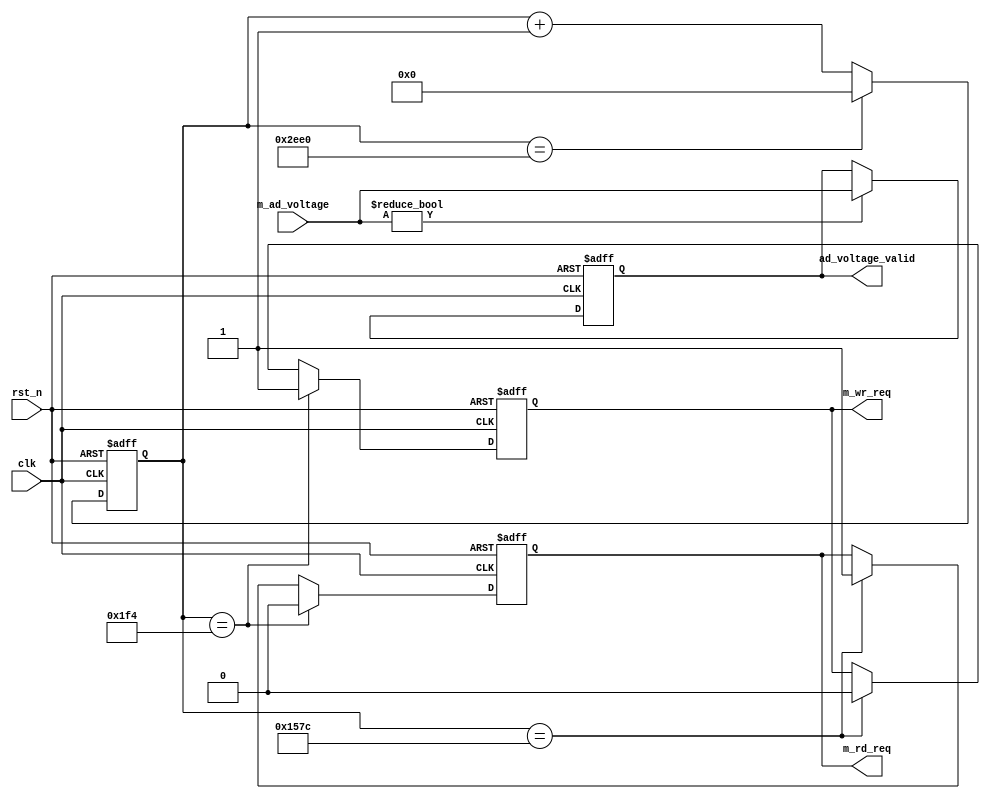
module iic_cfg(
input clk,
input rst_n,
output reg m_wr_req,
output reg m_rd_req,
//output reg[7:0]m_cfg_data,
input [15:0]m_ad_voltage,
//input ready
output reg [15:0]ad_voltage_valid

);
// clk=10M   
 
   reg [15:0]counter;
   always@(posedge clk or negedge rst_n)
	begin
		if(!rst_n)
			begin
			counter<=0;
			end
		else if (counter==12000)
		    begin
			counter<=0;
			end
		else	
			begin
			counter<=counter+1'b1;
			end
	end
    
  always@(posedge clk or negedge rst_n)
	begin
		if(!rst_n)
			begin
			m_wr_req<=1'b0;
			m_rd_req<=1'b0;			
			end
		else if(counter==500)
			begin
			m_wr_req<=1'b1;
			m_rd_req<=1'b0;
			end
		else if(counter==5500)
			begin
			m_wr_req<=1'b0;
			m_rd_req<=1'b1;
			end
		else 
			begin
			m_wr_req<=m_wr_req;
			m_rd_req<=m_rd_req;
			end		
	end
	 
	
	reg [15:0]ad_voltage_invalid;
  
  always@(posedge clk or negedge rst_n)
	begin
		if(!rst_n)
			begin
				ad_voltage_invalid<=16'd0;
				ad_voltage_valid<=16'd0;
			end
		else if(m_ad_voltage[15:0]!=0)
			begin
			ad_voltage_valid<=m_ad_voltage;	
			end
		else if(m_ad_voltage==16'd0)
			begin
			ad_voltage_invalid<=m_ad_voltage;
			end
	end

	
endmodule